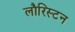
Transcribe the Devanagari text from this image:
लौरिस्टन